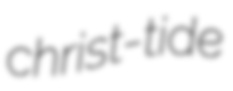
christ-tide